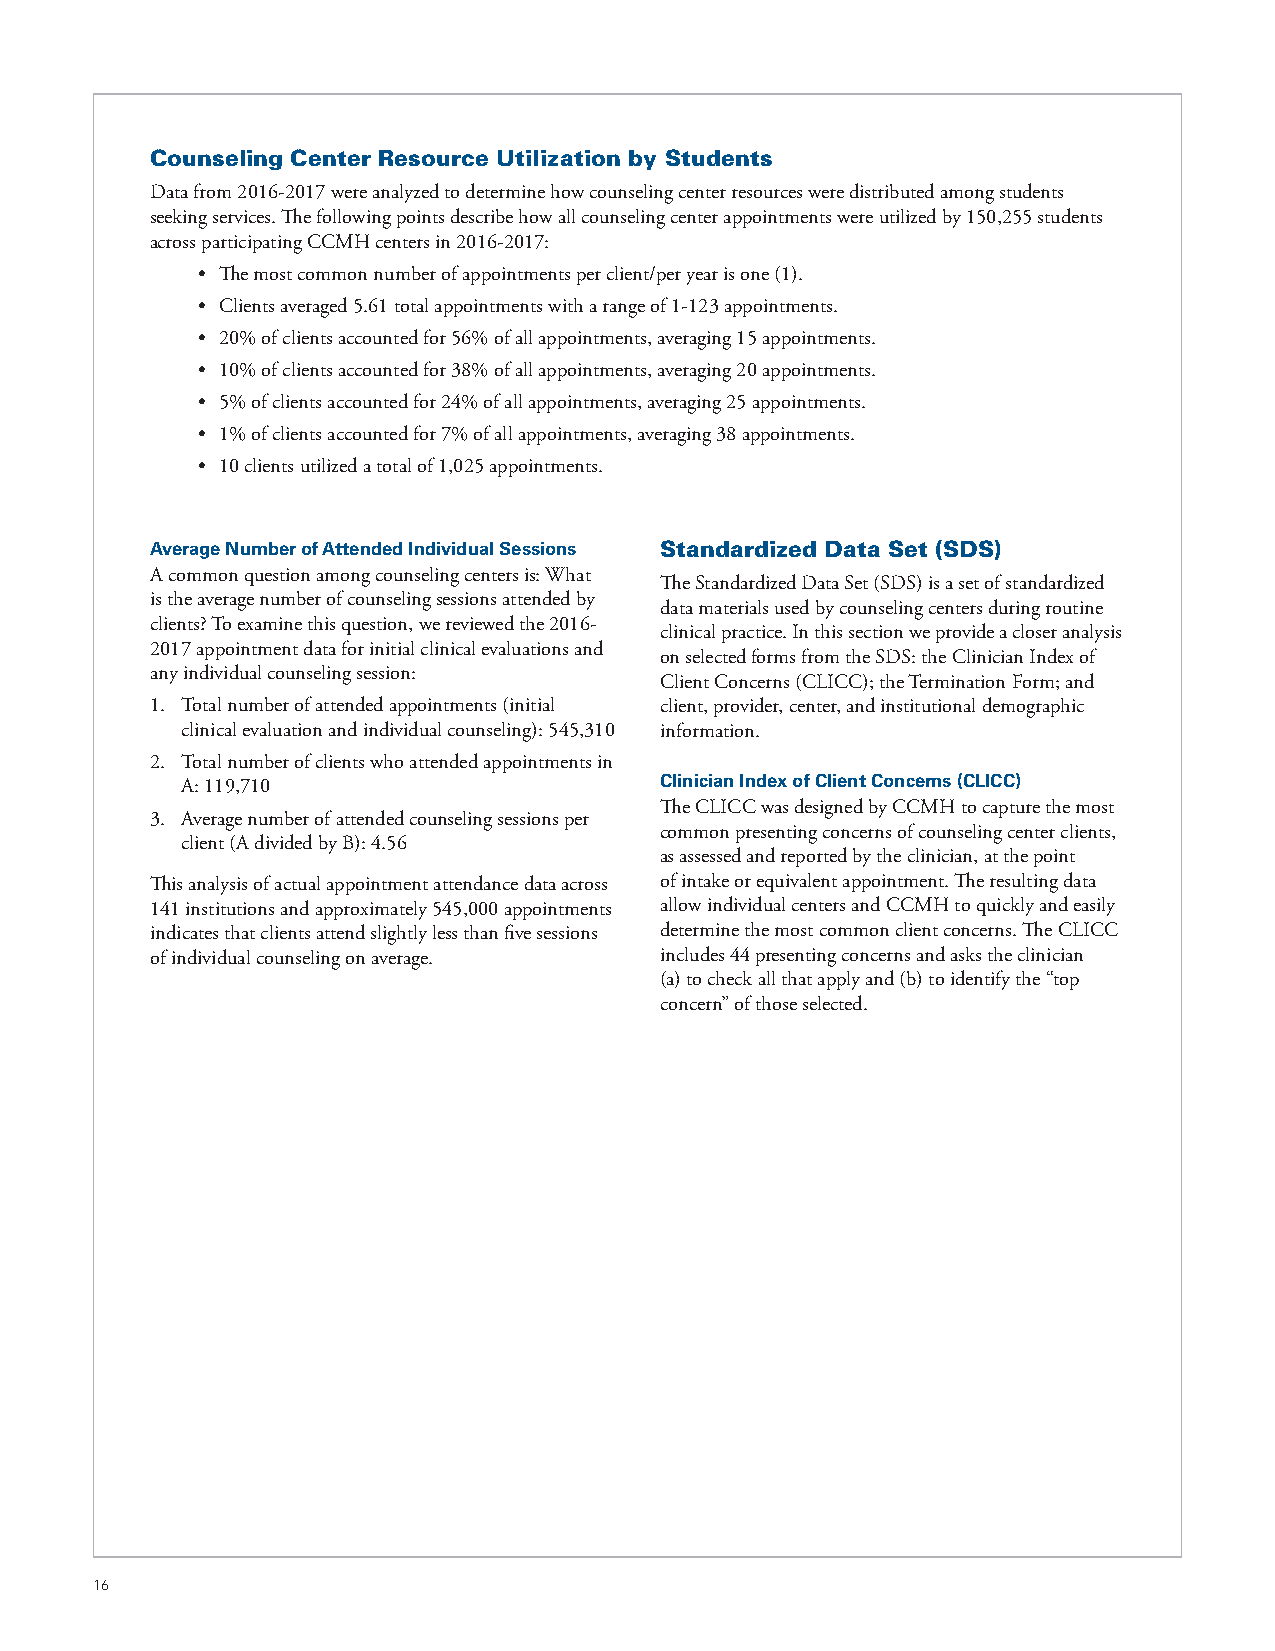
Counseling Center Resource Utilization by Students
 Data from 2016-2017 were analyzed to determine how counseling center resources were distributed among students
 seeking services. The following points describe how all counseling center appointments were utilized by 150,255 students
 across participating CCMH centers in 2016-2017:
 • The most common number of appointments per client/per year is one (1).
 • Clients averaged 5.61 total appointments with a range of 1-123 appointments.
 • 20% of clients accounted for 56% of all appointments, averaging 15 appointments.
 • 10% of clients accounted for 38% of all appointments, averaging 20 appointments.
 • 5% of clients accounted for 24% of all appointments, averaging 25 appointments.
 • 1% of clients accounted for 7% of all appointments, averaging 38 appointments.
 • 10 clients utilized a total of 1,025 appointments.
 Average Number of Attended Individual Sessions Standardized Data Set (SDS)
 A common question among counseling centers is: What
 The Standardized Data Set (SDS) is a set of standardized
 is the average number of counseling sessions attended by
 data materials used by counseling centers during routine
 clients? To examine this question, we reviewed the 2016-
 clinical practice. In this section we provide a closer analysis
 2017 appointment data for initial clinical evaluations and
 on selected forms from the SDS: the Clinician Index of
 any individual counseling session:
 Client Concerns (CLICC); the Termination Form; and
 1. Total number of attended appointments (initial client, provider, center, and institutional demographic
 clinical evaluation and individual counseling): 545,310 information.
 2. Total number of clients who attended appointments in
 A: 119,710                      Clinician Index of Client Concerns (CLICC)
 The CLICC was designed by CCMH to capture the most
 3. Average number of attended counseling sessions per
 common presenting concerns of counseling center clients,
 client (A divided by B): 4.56
 as assessed and reported by the clinician, at the point
 This analysis of actual appointment attendance data across of intake or equivalent appointment. The resulting data
 141 institutions and approximately 545,000 appointments allow individual centers and CCMH to quickly and easily
 indicates that clients attend slightly less than five sessions determine the most common client concerns. The CLICC
 of individual counseling on average. includes 44 presenting concerns and asks the clinician
 (a) to check all that apply and (b) to identify the “top
 concern” of those selected.
 16